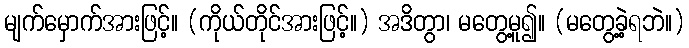
မျက်မှောက်အားဖြင့်။ (ကိုယ်တိုင်အားဖြင့်။) အဒိတွာ၊ မတွေ့မူ၍။ (မတွေ့ခဲ့ရဘဲ။)